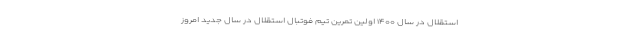
استقلال در سال ۱۴۰۰ اولین تمرین تیم فوتبال استقلال در سال جدید امروز